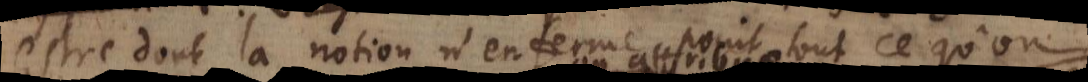
estre dont la notion n’enferme point tout ce qu’on